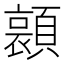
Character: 𮨛